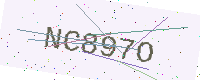
Text: NC897O